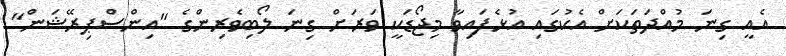
އެއީ ގިނަ މުއްދަތަކަށް އެކުގައި އުޅެފައިވާ މިޖޯޑަކީ ވަރަށް ގިނަ ލޯބިވެރިންގެ "އިންސްޕިރޭޝަން"